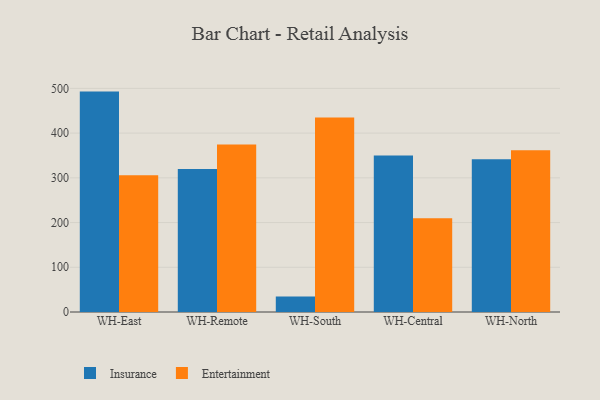
{"axis": {"x": "Warehouse", "y": "Energy Usage (MWh)"}, "legend": ["Entertainment", "Insurance"], "data": [{"x": "WH-East", "y": 492.8, "type": "Insurance"}, {"x": "WH-East", "y": 306.0, "type": "Entertainment"}, {"x": "WH-Remote", "y": 319.5, "type": "Insurance"}, {"x": "WH-Remote", "y": 374.5, "type": "Entertainment"}, {"x": "WH-South", "y": 34.6, "type": "Insurance"}, {"x": "WH-South", "y": 434.9, "type": "Entertainment"}, {"x": "WH-Central", "y": 350.0, "type": "Insurance"}, {"x": "WH-Central", "y": 209.4, "type": "Entertainment"}, {"x": "WH-North", "y": 341.7, "type": "Insurance"}, {"x": "WH-North", "y": 361.9, "type": "Entertainment"}]}